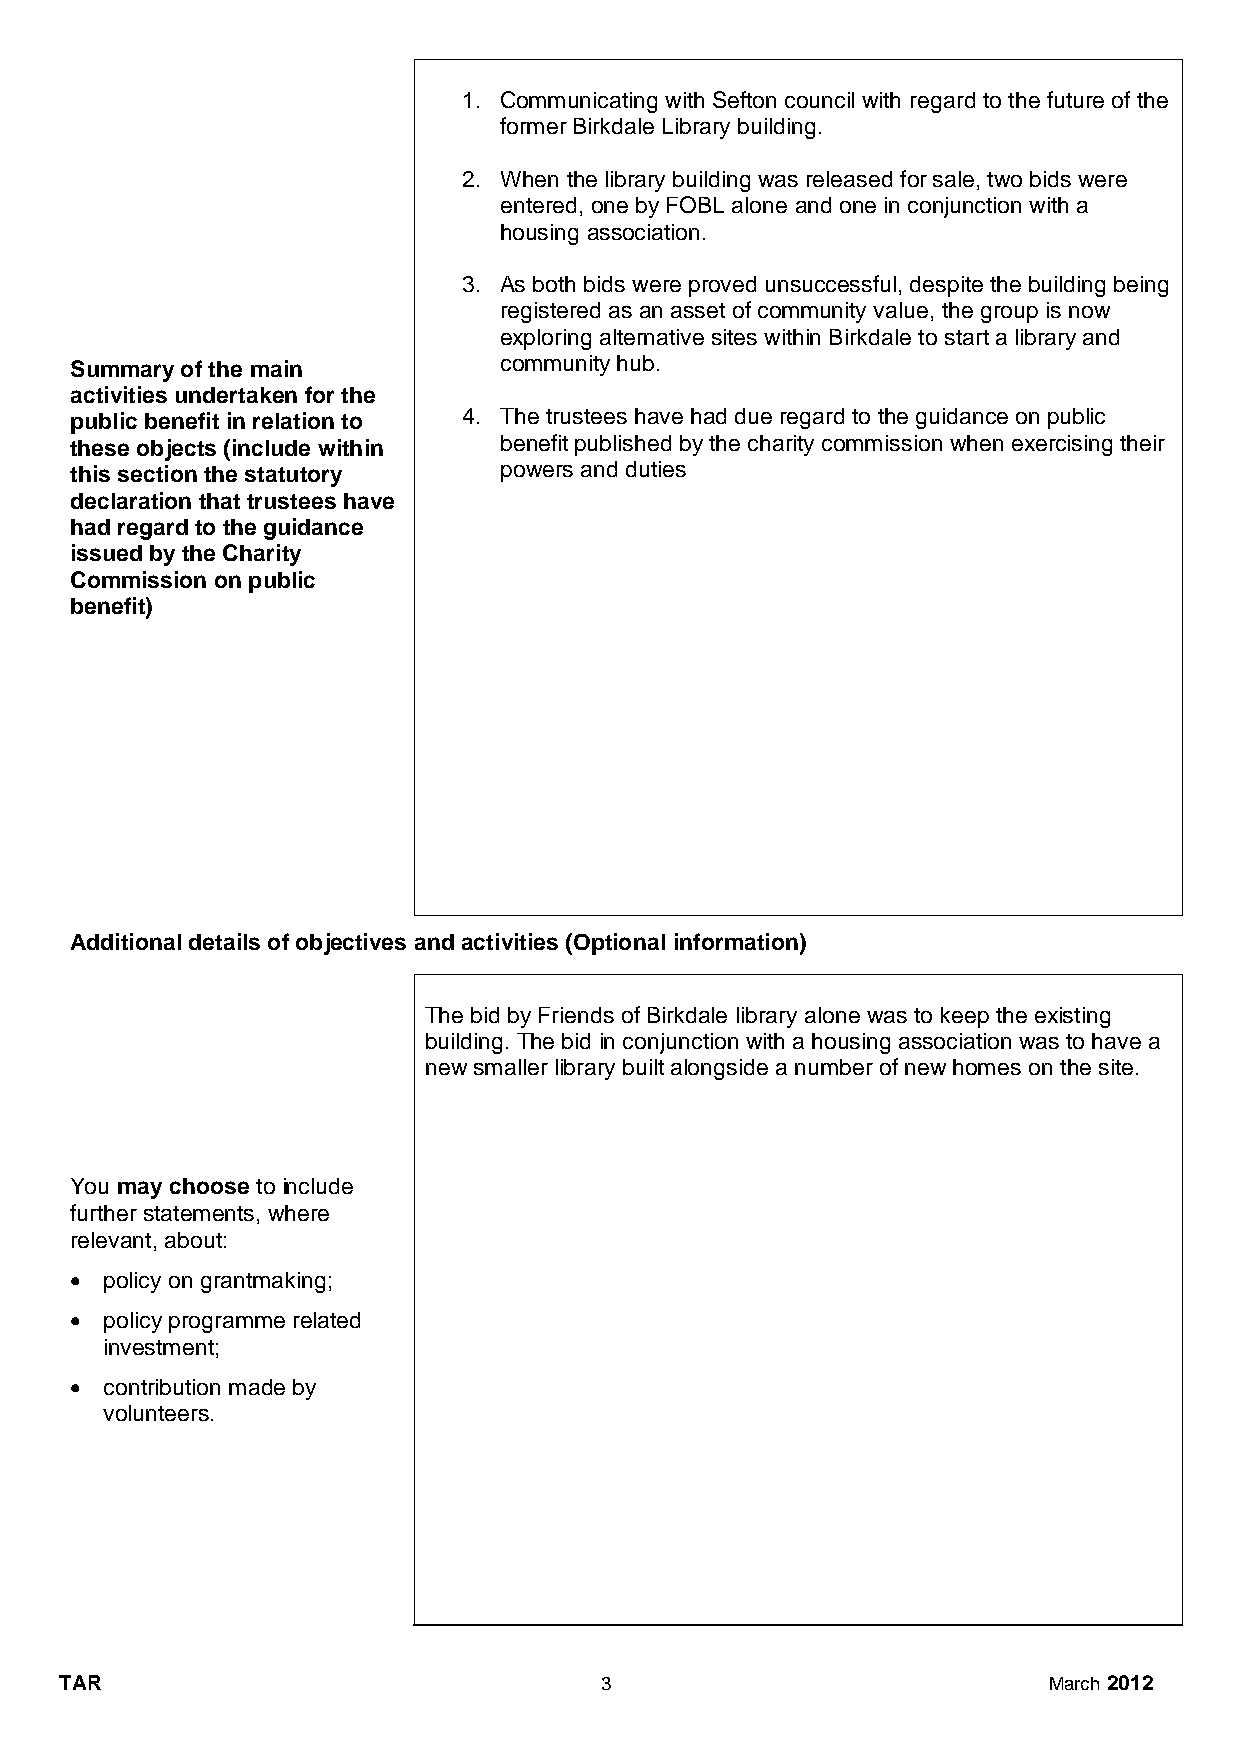
1. Communicating with Sefton council with regard to the future of the
 former Birkdale Library building.
 2. When the library building was released for sale, two bids were
 entered, one by FOBL alone and one in conjunction with a
 housing association.
 3. As both bids were proved unsuccessful, despite the building being
 registered as an asset of community value, the group is now
 exploring alternative sites within Birkdale to start a library and
 Summary of the main         community hub.
 activities undertaken for the
 public benefit in relation to 4. The trustees have had due regard to the guidance on public
 these objects (include within benefit published by the charity commission when exercising their
 this section the statutory  powers and duties
 declaration that trustees have
 had regard to the guidance
 issued by the Charity
 Commission on public
 benefit)
 Additional details of objectives and activities (Optional information)
 The bid by Friends of Birkdale library alone was to keep the existing
 building. The bid in conjunction with a housing association was to have a
 new smaller library built alongside a number of new homes on the site.
 You may choose to include
 further statements, where
 relevant, about:
  policy on grantmaking;
  policy programme related
 investment;
  contribution made by
 volunteers.
 TAR                                 3                            March 2012